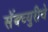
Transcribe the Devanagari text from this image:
सॅंक्च्युरीचे